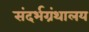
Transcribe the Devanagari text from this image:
संदर्भग्रंथालय